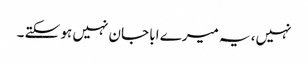
نہیں، یہ میرے ابا جان نہیں ہو سکتے ۔